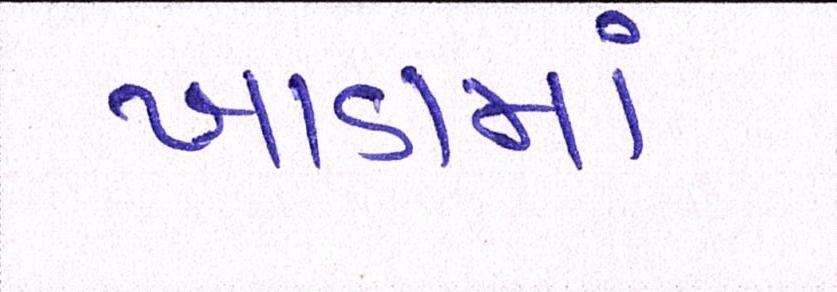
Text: ખાડામાં